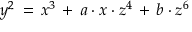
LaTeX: y ^ { 2 } \, = \, x ^ { 3 } \, + \, a \cdot x \cdot z ^ { 4 } \, + \, b \cdot z ^ { 6 }